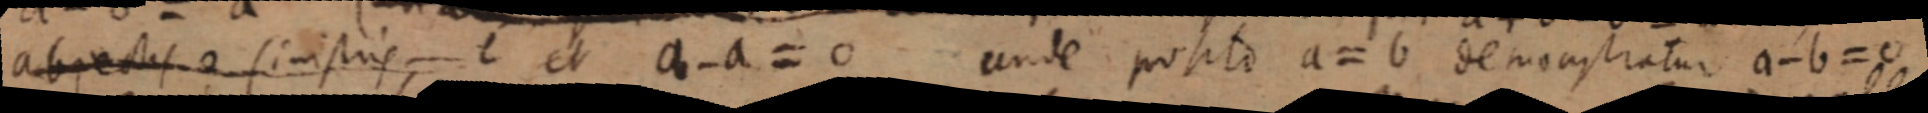
abjectis a sinistris et a - a = 0 unde posito a = b demonstratur a - b = 0